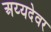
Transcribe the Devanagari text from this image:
अय्यदेवर